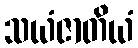
သယံဇာတိယံ